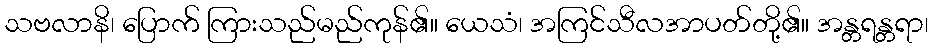
သဗလာနိ၊ ပြောက် ကြားသည်မည်ကုန်၏။ ယေသံ၊ အကြင်သီလအာပတ်တို့၏။ အန္တရန္တရာ၊